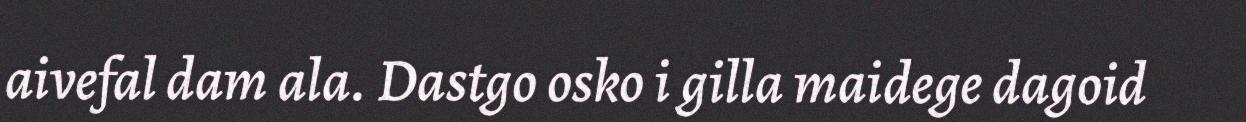
aivefal dam ala. Dastgo osko i gilla maidege dagoid